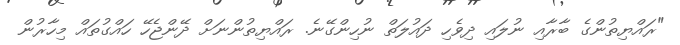
"ރައްޔިތުންގެ ބާރާއި ނުލައި ދިވެހި ދައުލަތް ނުހިންގޭނެ. ރައްޔިތުންނަށް ދޭންޖެހޭ ހައްގުތައް މިހާރުން